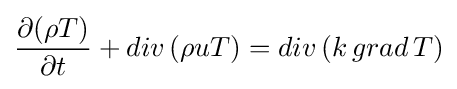
{\frac {\partial {(\rho T)}}{\partial t}}+{div\,(\rho uT)}={div\,(k\,grad\,T)}